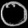
Digit: ၀